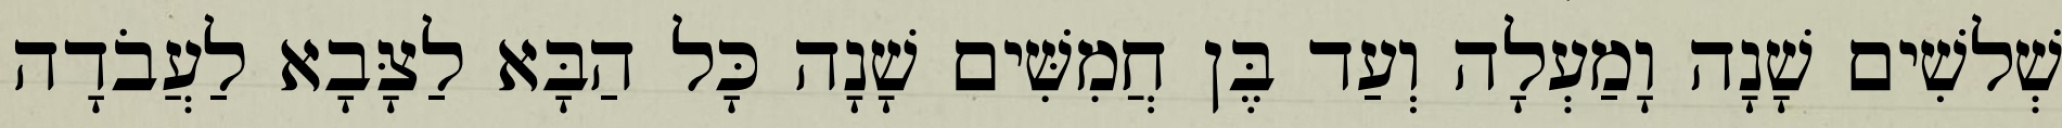
שְׁלשִׁים שָׁנָה וָמַעְלָה וְעַד בֶּן חֲמִשִּׁים שָׁנָה כָּל הַבָּא לַצָּבָא לַעֲבֹדָה